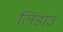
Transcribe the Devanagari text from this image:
लिंडाउ